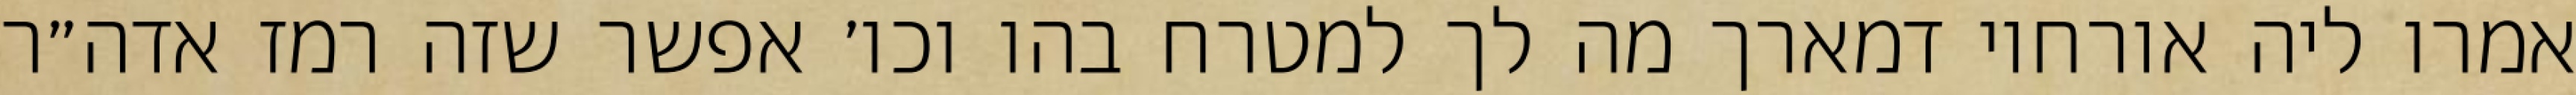
אמרו ליה אורחוי דמארך מה לך למטרח בהו וכו׳ אפשר שזה רמז אדה״ר